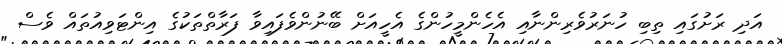
އަދި ރަށުގައި ތިބި ހުނަރުވެރިންނާއި އެހެންމީހުންގެ އެހީއަށް ބޭނުންވެފައިވާ ފަރާތްތަކުގެ އިންޓަވިއުތައް ވެސް